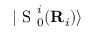
| \mathrm { ~ S ~ } _ { 0 } ^ { i } ( { \bf { R } } _ { i } ) \rangle